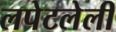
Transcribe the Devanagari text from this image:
लपेटलेली